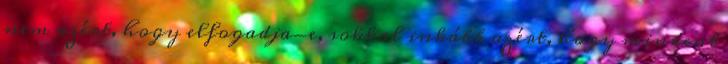
nem azért, hogy elfogadja-e, sokkal inkább azért, hogy mindent